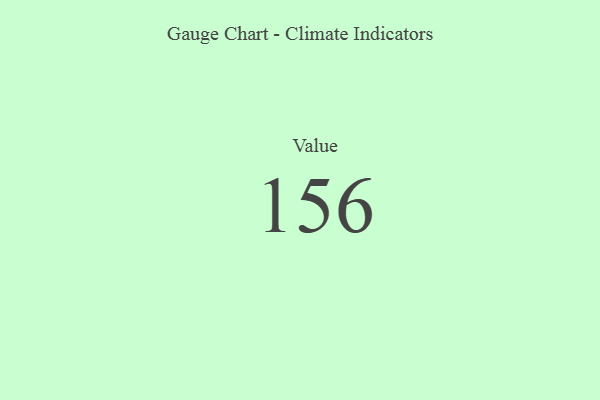
{"axis": {"x": "Metric", "y": "Value"}, "legend": [""], "data": [{"x": "Value", "y": 156, "type": ""}]}